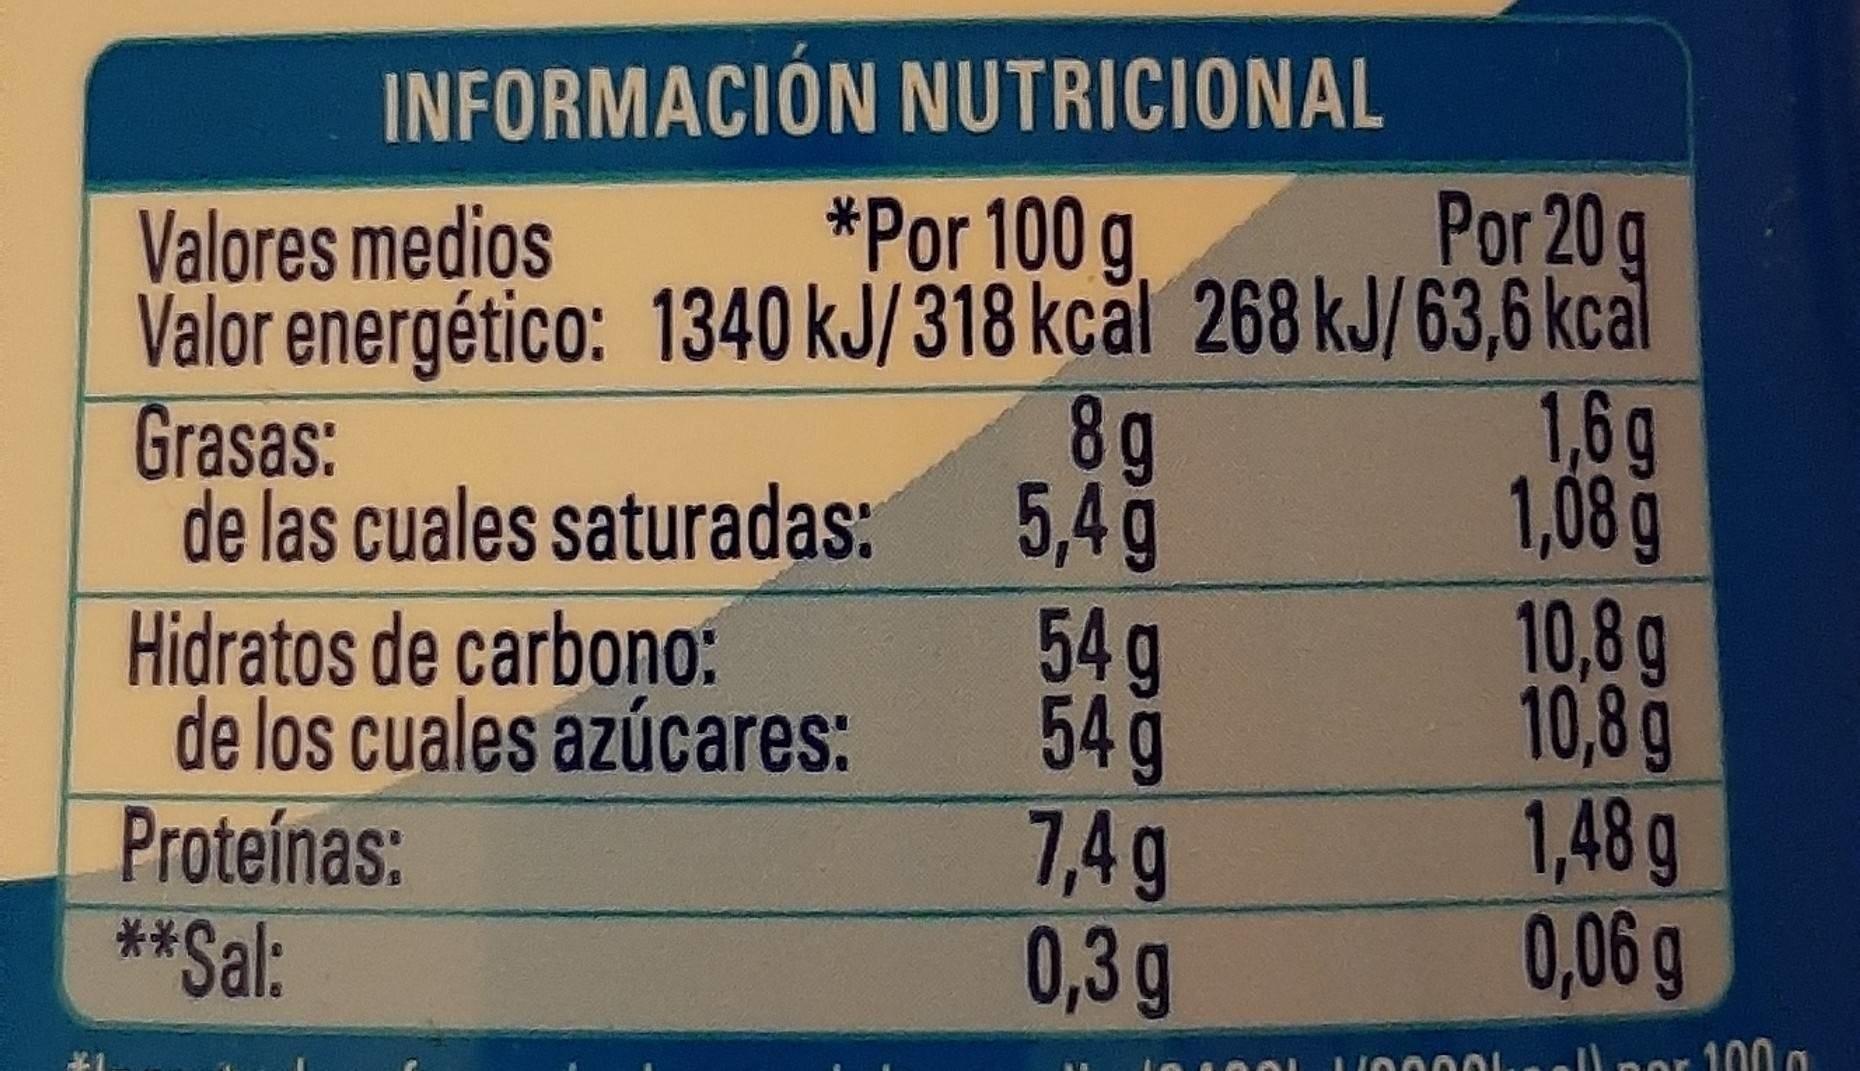
INFORMACIÓN NUTRICIONAL *Por 100 g Valor energético: 1340 kJ/318 kcal 268 kJ/63,6 kcal 8 g 5,4g 54g 54g 7,4g 0,3g
Por 20 g
Valores medios
1,6g 1,08 g 10,8g 10,8g 1,48 g 0,06g
Grasas: de las cuales saturadas:
Hidratos de carbono: de los cuales azúcares: Proteinas: **Sal:
L 001nell por 100 a
554